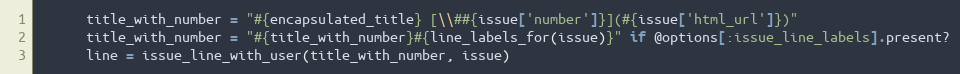
Language: Ruby
      title_with_number = "#{encapsulated_title} [\\##{issue['number']}](#{issue['html_url']})"
      title_with_number = "#{title_with_number}#{line_labels_for(issue)}" if @options[:issue_line_labels].present?
      line = issue_line_with_user(title_with_number, issue)